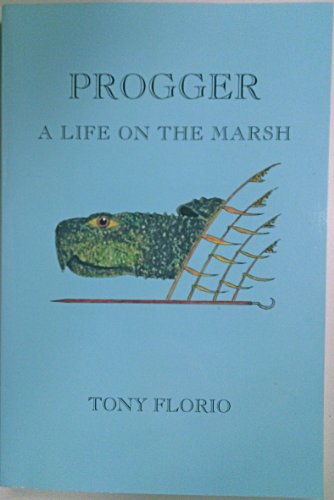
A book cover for Progger: A life on the marsh; Tony Florio; Travel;